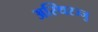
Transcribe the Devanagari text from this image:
अस्थिरज्जु